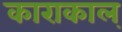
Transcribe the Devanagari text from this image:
काराकाल्